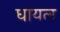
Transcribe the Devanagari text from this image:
धायल